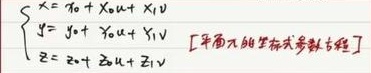
平面元的坐标式参数方程
\[
\begin{cases}
x = x_0 + x_1u + x_1v\\
y = y_0 + y_1u + y_1v\\
z = z_0 + z_1u + z_1v
\end{cases}
\]